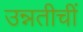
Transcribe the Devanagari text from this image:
उन्नतीचीं